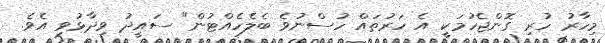
މިހާރު ހުރި ގޮންޖެހުމަކީ އެ ހަރުތައް ހުސްނުވެ ބެލެހެއްޓުން" ސައީދު ވިދާޅުވި އެވެ.